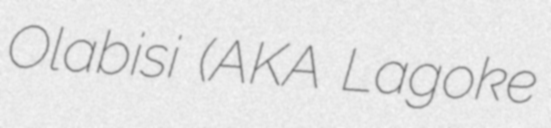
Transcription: Olabisi (AKA Lagoke